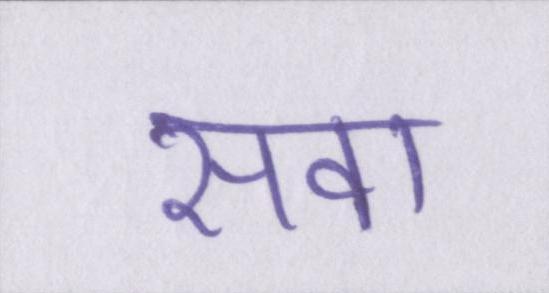
सवा